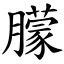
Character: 朦